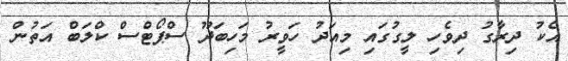
އެކު ދިރާގު ދިވެހި ލީގުގައި މިއަދު ހަވީރު މަހިބަދޫ ސްޕޯޓްސް ކްލަބް އަތުން